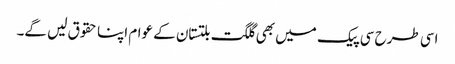
اسی طرح سی پیک میں بھی گلگت بلتستان کے عوام اپنا حقوق لیں گے۔